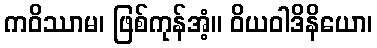
ကဝိဿာမ၊ ဖြစ်ကုန်အံ့။ ဝိယဝါဒိနိယော၊